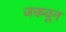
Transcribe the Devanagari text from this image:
जिंकवून